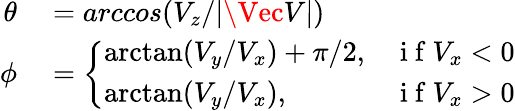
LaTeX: \begin{array}{rl}{\theta}&{{}=arccos({V_{z}/\lvert\Vec{V}\rvert})}\\ {\phi}&{{}=\left\{ \begin{array}{ll}{\arctan(V_{y}/V_{x})+\pi/2,}&{\mathrm{~i~f~}V_{x}<0}\\ {\arctan(V_{y}/V_{x}),}&{\mathrm{~i~f~}V_{x}>0}\end{array}\right.}\end{array}